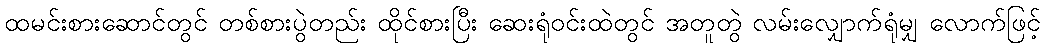
ထမင်းစားဆောင်တွင် တစ်စားပွဲတည်း ထိုင်စားပြီး ဆေးရုံဝင်းထဲတွင် အတူတွဲ လမ်းလျှောက်ရုံမျှ လောက်ဖြင့်